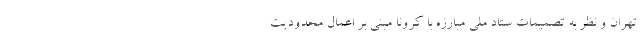
تهران و نظر به تصمیمات ستاد ملی مبارزه با کرونا مبنی بر اعمال محدودیت